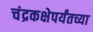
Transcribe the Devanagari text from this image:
चंद्रकक्षेपर्यंतच्या